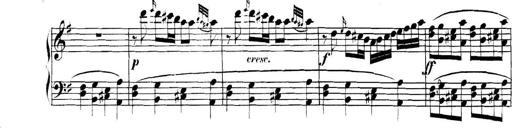
Title: Collected Piano Sonatas
Composer: Muzio Clementi